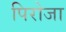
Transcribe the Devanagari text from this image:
पिरोजा